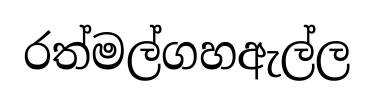
රත්මල්ගහඇල්ල